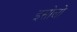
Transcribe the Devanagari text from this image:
इसोलो